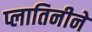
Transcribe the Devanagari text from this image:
प्लातिनीने